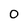
Character: 0